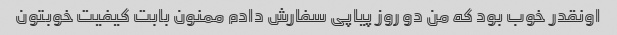
اونقدر خوب بود که من دو روز پیاپی سفارش دادم ممنون بابت کیفیت خوبتون